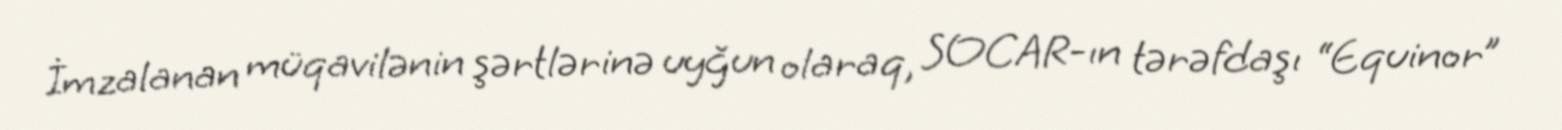
İmzalanan müqavilənin şərtlərinə uyğun olaraq, SOCAR-ın tərəfdaşı “Equinor”